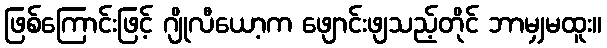
ဖြစ်ကြောင်းဖြင့် ဂျိုလီယော့က ဖျောင်းဖျသည့်တိုင် ဘာမျှမထူး။